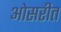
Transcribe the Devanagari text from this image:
ओसरीत